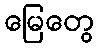
မြေတွေ